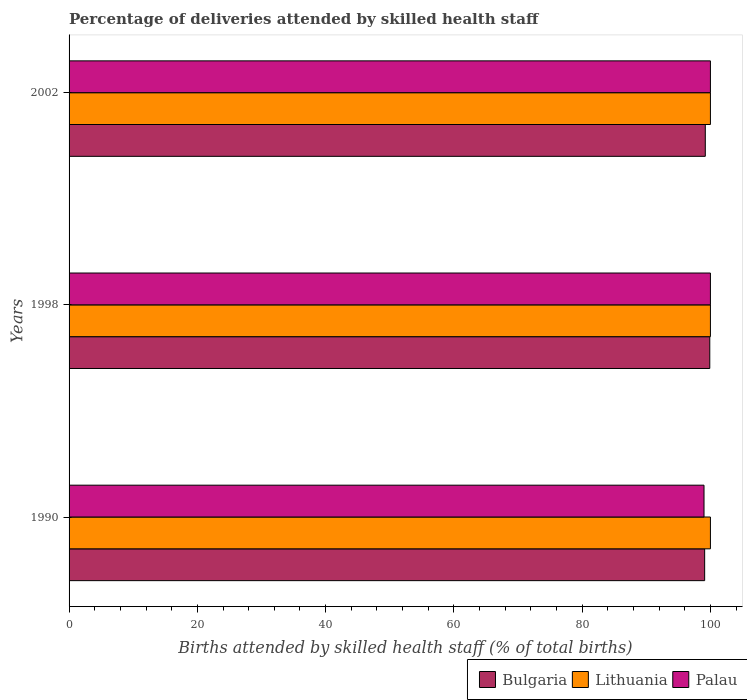
| Years | Bulgaria | Lithuania | Palau |
 | --- | --- | --- | --- |
 | 1990 | 99.1 | 100 | 99 |
 | 1998 | 99.9 | 100 | 100 |
 | 2002 | 99.2 | 100 | 100 |